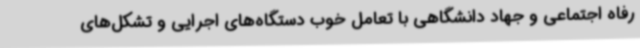
رفاه اجتماعی و جهاد دانشگاهی با تعامل خوب دستگاه‌های اجرایی و تشکل‌های